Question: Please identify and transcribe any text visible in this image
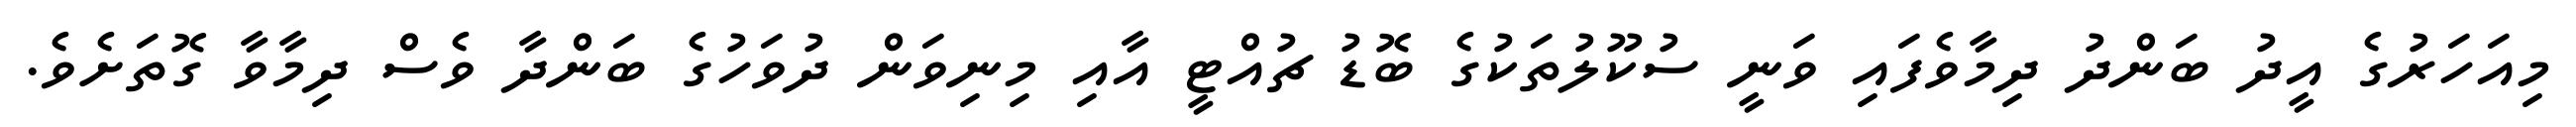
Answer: މިއަހަރުގެ އީދު ބަންދު ދިމާވެފައި ވަނީ ސުކޫލުތަކުގެ ބޮޑު ޗުއްޓީ އާއި މިނިވަން ދުވަހުގެ ބަންދާ ވެސް ދިމާވާ ގޮތަށެވެ.